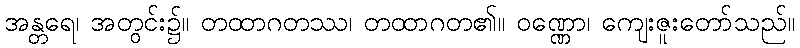
အန္တရေ၊ အတွင်း၌။ တထာဂတဿ၊ တထာဂတ၏။ ဝဏ္ဏော၊ ကျေးဇူးတော်သည်။